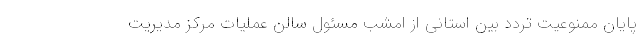
پایان ممنوعیت تردد بین‌ استانی از امشب مسئول سالن عملیات مرکز مدیریت